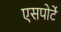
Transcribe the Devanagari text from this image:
एसपोर्टे